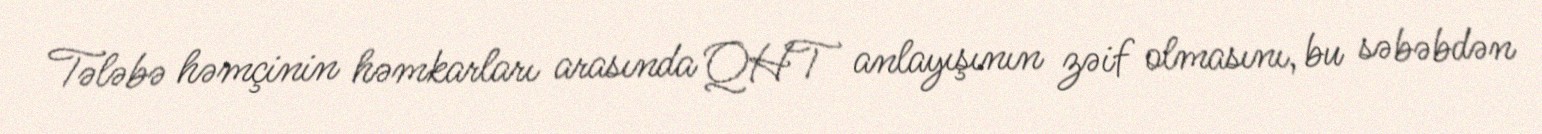
Tələbə həmçinin həmkarları arasında QHT anlayışının zəif olmasını, bu səbəbdən